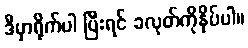
ဒီမှာရိုက်ပါ ပြီးရင် ခလုတ်ကိုနှိပ်ပါ။